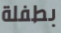
بطفلة